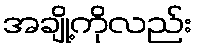
အချို့ကိုလည်း